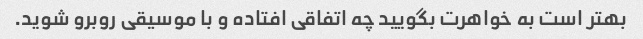
بهتر است به خواهرت بگویید چه اتفاقی افتاده و با موسیقی روبرو شوید.